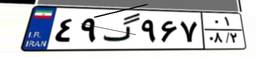
۸۰گ۴۱۷۸۱